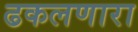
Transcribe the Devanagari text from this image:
ढकलणारा